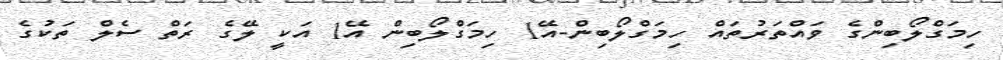
ހިމަގްލޯބިންގެ ވައްތަރުތައް ހިމަގްލޯބިން-އޭ1 ހިމަގްލޯބިން އޭ1 އަކީ ލޭގެ ރަތް ސެލް ތަކުގެ